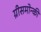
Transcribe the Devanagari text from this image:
ग्रीसमोन्की